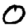
Digit: 0